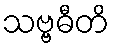
သဗ္ဗဓီတိ